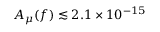
A _ { \mu } ( f ) \lesssim 2 . 1 \times 1 0 ^ { - 1 5 }